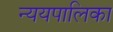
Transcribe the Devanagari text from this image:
न्ययपालिका